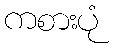
ကစားပုံ